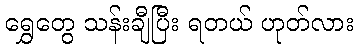
ရွှေတွေ သန်းချီပြီး ရတယ် ဟုတ်လား